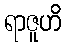
ရာဇူဟိ